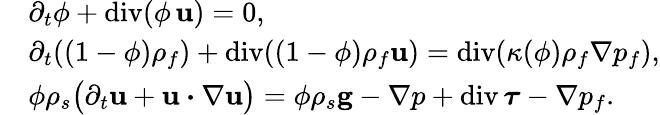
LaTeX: \begin{array}{rl}&{\partial_{t}\phi+\mathrm{div}(\phi\, {\mathbf u})=0,}\\ &{\partial_{t}((1-\phi)\rho_{f})+\mathrm{div}((1-\phi)\rho_{f}{\mathbf u})=\mathrm{div}(\kappa(\phi)\rho_{f}\nabla p_{f}),}\\ &{\phi\rho_{s}\big(\partial_{t}{\mathbf u}+{\mathbf u}\boldsymbol{\cdot}\nabla{\mathbf u}\big)=\phi\rho_{s}{\mathbf g}-\nabla p+\mathrm{div}\, \boldsymbol{\tau}-\nabla p_{f}.}\end{array}